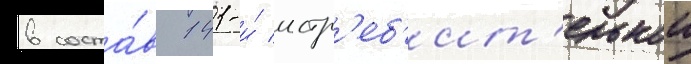
в соста́в 141-и́ истр'еб'ит'ельнои